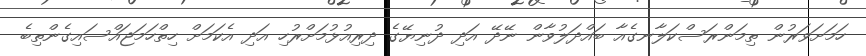
ހަމަަށަވަރުން ތިމަންރަސްކަލާނގެއާ ބައްދަލުވާން ނޭދޭ އަދި ދުނިޔޭގެ ދިރިއުޅުމަށްރުހި އަދި އެކަމަށް ހިތްހަމަޖައްސައިގެންތިބެ